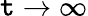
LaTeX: \mathtt{t}\to\infty